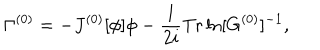
LaTeX: \Gamma ^ { ( 0 ) } = - J ^ { ( 0 ) } [ \phi ] \phi - \frac { 1 } { 2 i } \mathrm { T r } \ln [ G ^ { ( 0 ) } ] ^ { - 1 } ,